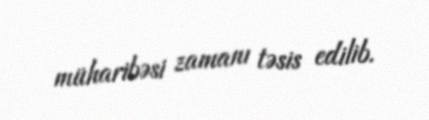
müharibəsi zamanı təsis edilib.